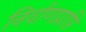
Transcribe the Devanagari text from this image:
निर्वाणप्राप्ति